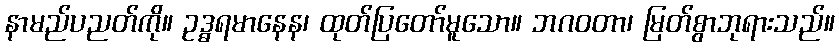
နာမည်ပညတ်ကို။ ဥဒ္ဓရမာနေန၊ ထုတ်ပြတော်မူသော။ ဘဂဝတာ၊ မြတ်စွာဘုရားသည်။